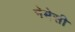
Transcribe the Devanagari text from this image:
नेमेसी